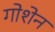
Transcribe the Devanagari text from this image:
गोशेन